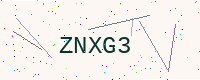
Text: ZNXG3